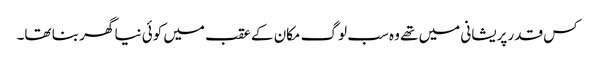
کس قدر پریشانی میں تھے وہ سب لوگ مکان کے عقب میں کوئی نیا گھر بنا تھا۔